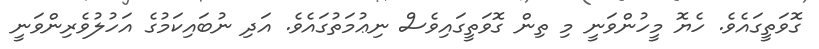
ގޮވަތީގައެވެ. ހެޔޮ މީހުންވަނީ މި ތިން ގޮވަތީގައިވެސް ނިޢުމަތުގައެވެ. އަދި ނުބައިކަމުގެ އަހުލުވެރިންވަނީ